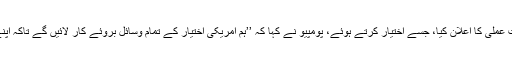
اس سے قبل، آج صدر ٹرمپ نے انسداد دہشت گردی کی نئی قومی حکمت عملی کا اعلان کیا، جسے اختیار کرتے ہوئے، پومپیو نے کہا کہ ’’ہم امریکی اختیار کے تمام وسائل بروئے کار لائیں گے تاکہ اپنے عوام کو تحفظ اور اْن کے مفادات کی نگہبانی کو یقینی بنایا جا سکے‘‘۔